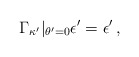
\begin{align*}\Gamma_{\kappa'}|_{\theta'=0}\epsilon'=\epsilon'\,,\end{align*}